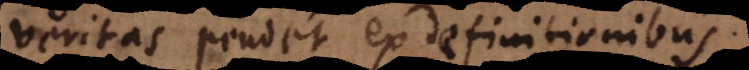
veritas pendet ex definitionibus.